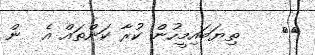
١٢    ތިޔަބައިމީހުން ކުރާ ކަންތައް އެ  ން